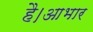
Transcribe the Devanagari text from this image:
है।आभार